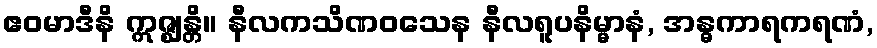
ဧဝမာဒီနိ ဣဇ္ဈန္တိ။ နီလကသိဏဝသေန နီလရူပနိမ္မာနံ, အန္ဓကာရကရဏံ,